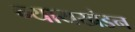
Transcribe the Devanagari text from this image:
न्यायखंडन